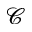
\mathcal { C }